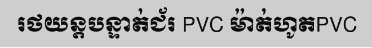
រថយន្តបន្ទាត់ជ័រ PVC ម៉ាត់ហូតPVC